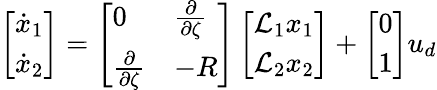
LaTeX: \left[\begin{array}{l}{\dot{x}_{1}}\\ {\dot{x}_{2}}\end{array}\right]=\left[\begin{array}{ll}{0}&{\frac{\partial}{\partial\zeta}}\\ {\frac{\partial}{\partial\zeta}}&{-R}\end{array}\right]\left[\begin{array}{l}{\mathcal{L}_{1}x_{1}}\\ {\mathcal{L}_{2}x_{2}}\end{array}\right]+\left[\begin{array}{l}{0}\\ {1}\end{array}\right]u_{d}